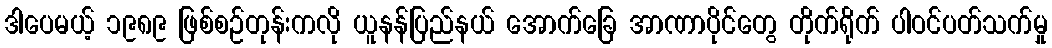
ဒါပေမယ့် ၁၉၈၉ ဖြစ်စဉ်တုန်းကလို ယူနန်ပြည်နယ် အောက်ခြေ အာဏာပိုင်တွေ တိုက်ရိုက် ပါဝင်ပတ်သက်မှု